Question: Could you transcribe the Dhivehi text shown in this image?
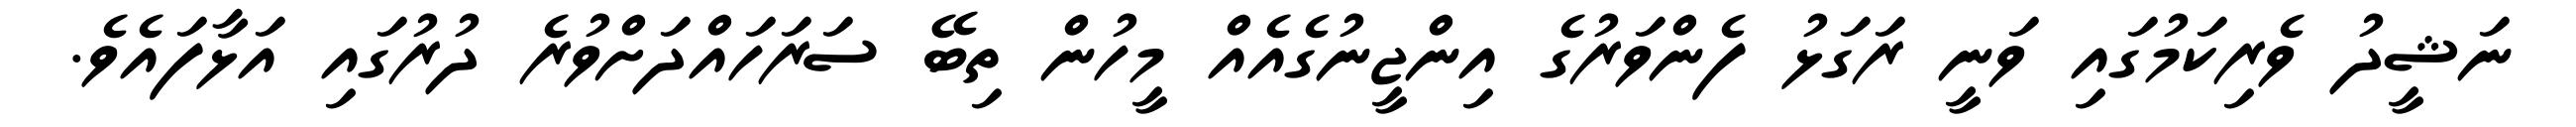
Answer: ނަޝީދު ވެރިކަމުގައި ވަނީ ރަގަޅު ފެންވަރުގެ އިންޖީނުގެއެއް މީހުން ތިބޭ ސަރަހައްދަށްވުރެ ދުރުގައި އަޅާފައެވެ.